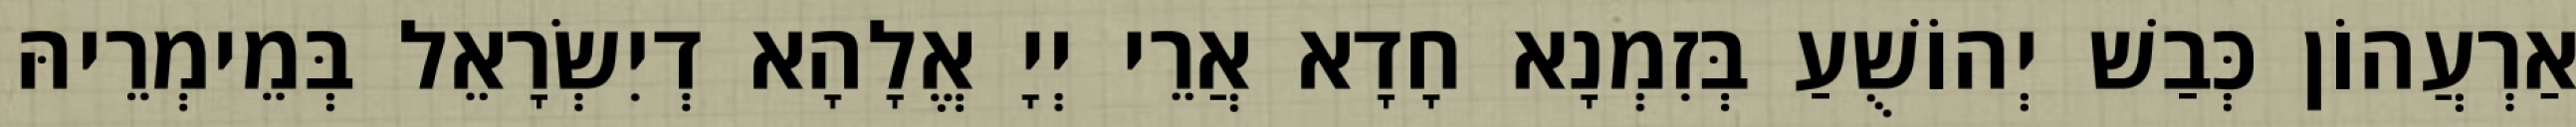
אַרְעֲהוֹן כְּבַשׁ יְהוֹשֻׁעַ בְּזִמְנָא חָדָא אֲרֵי יְיָ אֱלָהָא דְיִשְׂרָאֵל בְּמֵימְרֵיהּ